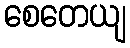
စေတေယျ